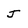
Character: J